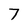
Character: 7